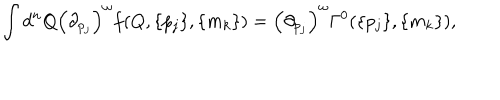
\int d ^ { n } Q \left( { \partial } _ { p _ { j } } \right) ^ { \omega } f ( Q , \{ p _ { j } \} , \{ m _ { k } \} ) = \left( { \partial } _ { p _ { j } } \right) ^ { \omega } \Gamma ^ { 0 } ( \{ p _ { j } \} , \{ m _ { k } \} ) ,